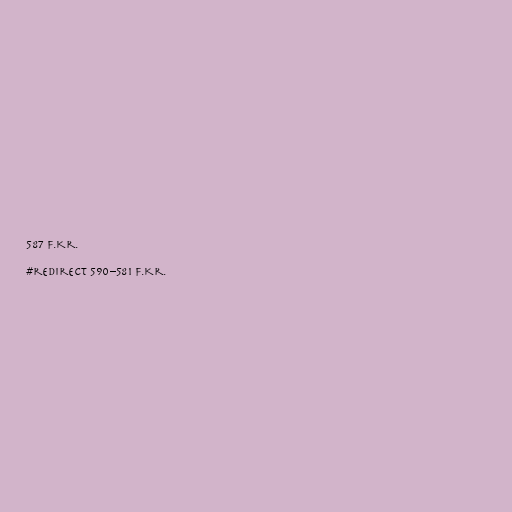
587 f.Kr.

#redirect 590–581 f.Kr.